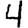
Digit: 4